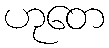
ဟုတေ